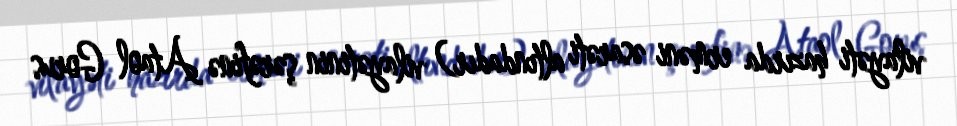
vilayəti hazırda erməni əsarəti altındadır) vilayətinin şərəfinə Ataol Gorus